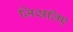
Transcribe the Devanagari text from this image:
जिसलिए